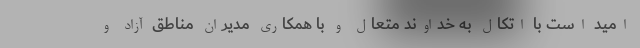
امید است با اتکال به خداوند متعال و با همکاری مدیران مناطق آزاد و